system: You are a helpful assistant.
user:
Analyze the provided spectrum to determine if it is a **Carbon Star (C-type)**.

- **Key Visual Indicators of Carbon Star:**
    - **(Primary):** Strong molecular absorption from **C₂ (diatomic carbon) "Swan Bands."** This is the **defining feature** of a carbon star.
        - **(Key Bandheads):** Sharp absorption edges are visible at approximately $5635$ Å, $5165$ Å (the strongest band), and $4737$ Å.
        - **(Line Profile):** Creates a distinct **"saw-tooth"** pattern. The key morphology is a sharp, steep bandhead on the **red (long-wavelength) side**, which then gradually tapers off (i.e., flux recovers) towards the **blue (short-wavelength) side**. *(This is the direct opposite of the TiO bands seen in M-type stars)*.

    - **(Secondary):** Intense **CN (cyanogen)** molecular absorption bands.
        - **(Key Bandheads):** Located in the blue and violet regions of the spectrum (e.g., near $4215$ Å and $3883$ Å).
        - **(Morphology):** These bands are extremely broad and act as a "blanket," absorbing the vast majority of blue and violet light. This creates a characteristic **"cliff"** or **"steep drop-off"** in the spectrum's flux at short wavelengths.

    - **(Key Confirmation):** Strong **CH absorption band (G-band)**.
        - **(Key Bandhead):** Located around $4300$ Å. The contribution from CH molecules to this band is exceptionally strong.

    - **(Overall Spectrum):**
        - The continuum is severely "chopped up" by these deep molecular bands, especially C₂, rather than appearing as a smooth curve.
        - Due to the heavy CN and C₂ absorption in the blue-green, the vast majority of the star's flux is concentrated in the red part of the spectrum, giving the star its characteristic deep red color.

Think first, call **spectral_visualization_tool** if needed to examine features in detail, then provide your final answer. Your response must adhere to the following strict rules:
1.  **Overall Structure:** Your response must follow the format `<think>...</think> <tool_call>...</tool_call> (if a tool is used) <answer>...</answer>`.
2.  **Tool Usage Constraint:** You may only make **one** tool call per turn.
3.  **Final Answer Format:** In the `<answer>` tag, your conclusion must be inside a `\boxed{}` command (e.g., `\boxed{YES}`), followed by your justification.

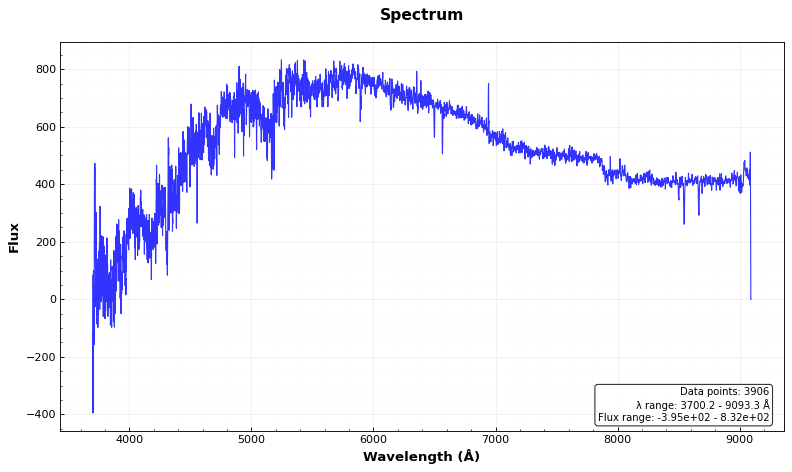
Answer: YES